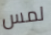
لمس